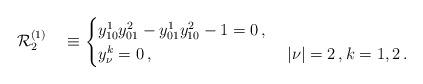
LaTeX: \begin{align*}\mathcal{R}_2^{(1)}\quad\equiv \begin{cases} y^1_{10}y^2_{01}-y^1_{01}y^2_{10}-1=0\,,\\ y^k_\nu=0\,,&\ |\nu|=2\,, k=1,2\,. \end{cases}\end{align*}